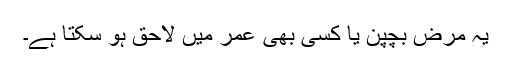
یہ مرض بچپن یا کسی بھی عمر میں لاحق ہو سکتا ہے۔